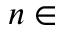
n \in